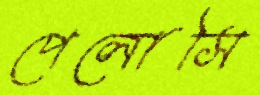
পেলোসি